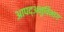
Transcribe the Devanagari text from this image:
आपद्अनुविभाग